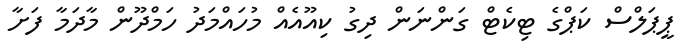
ޕީޕަލްސް ކަޕްގެ ޓިކެޓް ގަންނަން ދިގު ކިއޫއެއް މުހައްމަދު ހަމްދޫން މާދަމާ ފަށާ